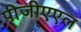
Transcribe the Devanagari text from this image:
पीजीएएल